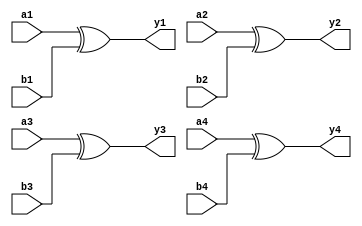
`timescale 1ns / 1ps
/////////////////////////////////////////////////////////////////
// Module Name: four_2_input_xor_gate
// Description: Four 2-input XOR gate with DELAY configuration parameter
// Parameters: DELAY
/////////////////////////////////////////////////////////////////

module four_2_input_xor_gate #(parameter DELAY = 10)(
    input wire a1,b1,a2,b2,a3,b3,a4,b4,
    output wire y1,y2,y3,y4
    );
 
    xor #DELAY (y1,a1,b1);
    xor #DELAY (y2,a2,b2);
    xor #DELAY (y3,a3,b3);
    xor #DELAY (y4,a4,b4);   
    
endmodule